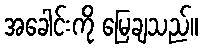
အခေါင်းကို မြေချသည်။